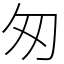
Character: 匆